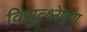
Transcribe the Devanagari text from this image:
विद्युत्श्लेषण